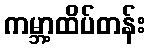
ကမ္ဘာ့ထိပ်တန်း